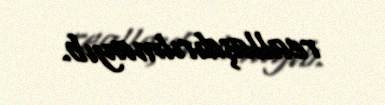
reallaşdırılmayıb.